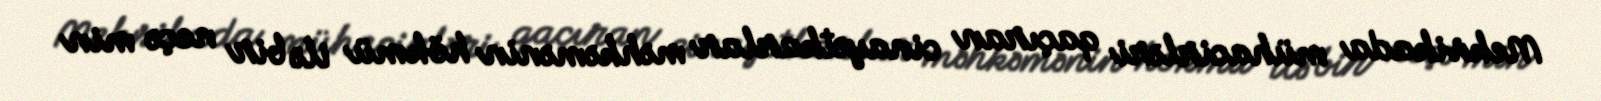
Meksikada mühacirləri qaçıran cinayətkarlar məhkəmənin hökmü ilə bir neçə min